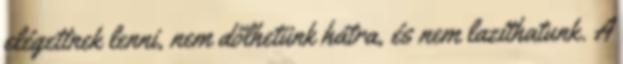
elégettnek lenni, nem dőlhetünk hátra, és nem lazíthatunk. A